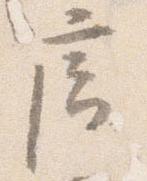
廊